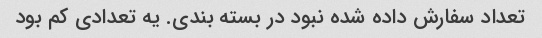
تعداد سفارش داده شده نبود در بسته بندی. یه تعدادی کم بود